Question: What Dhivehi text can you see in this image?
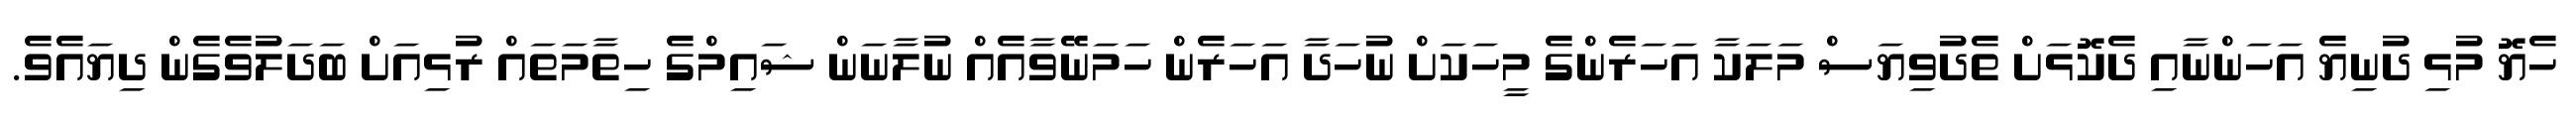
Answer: ހެޔޮ މުޅި ދުނިޔެ އަހަންނާއި ދެކޮޅަށް ތެދުވިޔަސް މަލަކާ އަހަރެންގެ މީހަކަށް ނުހަދާ އަހަރެން ހަމަނޭވާއެއް ނުލާނަން ޝައިމްގެ ހިތާމަތައް ރުޅިއަށް ބަދަލުވެގެން ދިޔައެވެ.